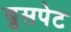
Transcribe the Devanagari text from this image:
ब्रुसपेट